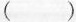
()